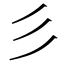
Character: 彡